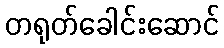
တရုတ်ခေါင်းဆောင်